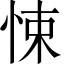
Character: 悚